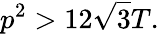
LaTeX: p^{2}>12{\sqrt{3}}T.